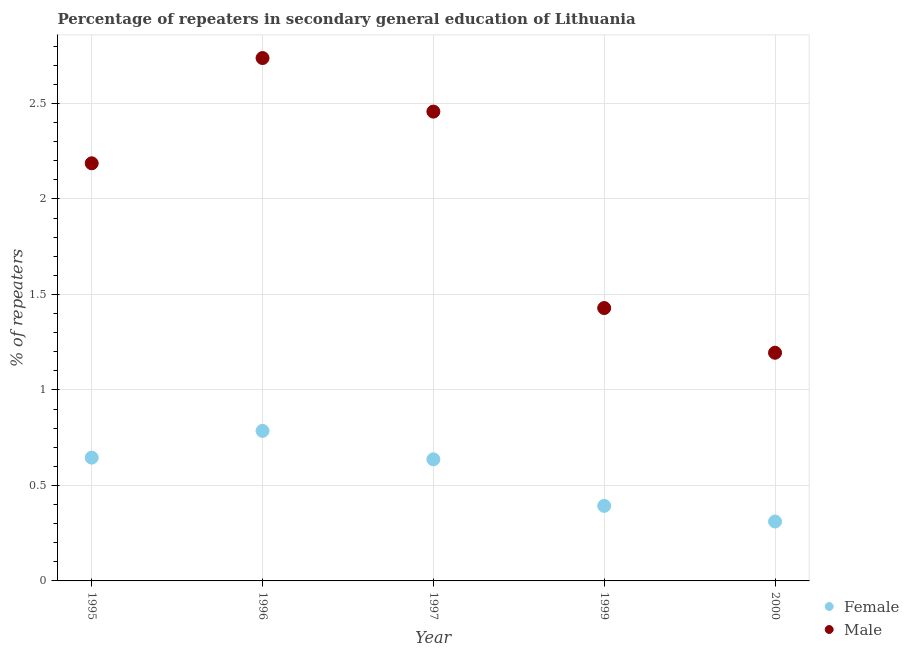
| Year | Female | Male |
 | --- | --- | --- |
 | 1995 | 0.646 | 2.19 |
 | 1996 | 0.786 | 2.74 |
 | 1997 | 0.637 | 2.46 |
 | 1999 | 0.393 | 1.43 |
 | 2000 | 0.311 | 1.19 |